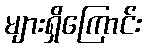
များရှိကြောင်း